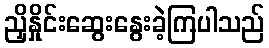
ညှိနှိုင်းဆွေးနွေးခဲ့ကြပါသည်